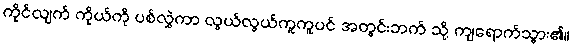
ကိုင်လျက် ကိုယ်ကို ပစ်လွှဲကာ လွယ်လွယ်ကူကူပင် အတွင်းဘက် သို့ ကျရောက်သွား၏။